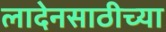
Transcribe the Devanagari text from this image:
लादेनसाठीच्या